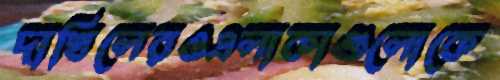
দাখিলেরওএলাকাগুলোকে